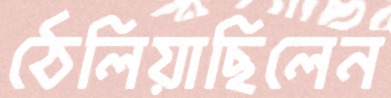
ঠেলিয়াছিলেন